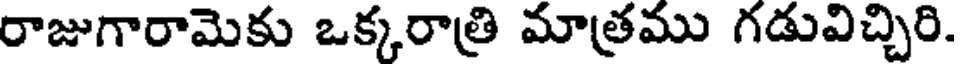
రాజుగారామెకు ఒక్కరాత్రి మాత్రము గడువిచ్చిరి.